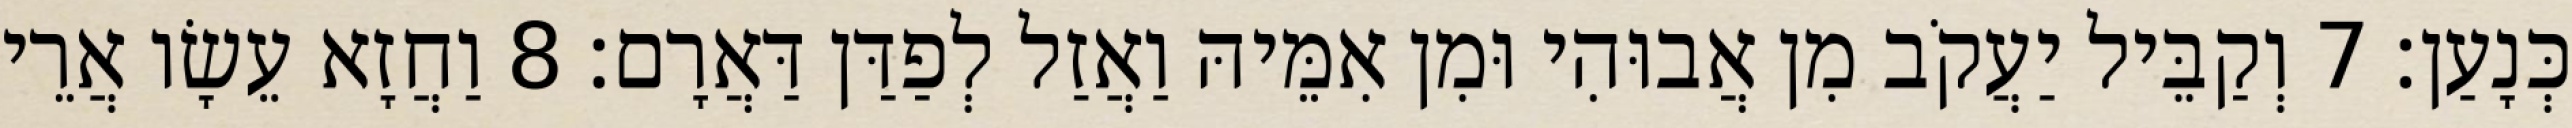
כְּנָעַן׃ 7 וְקַבֵּיל יַעֲקֹב מִן אֲבוּהִי וּמִן אִמֵּיהּ וַאֲזַל לְפַדַּן דַּאֲרָם׃ 8 וַחֲזָא עֵשָׂו אֲרֵי